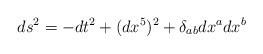
LaTeX: \begin{align*}ds^2 = -dt^2 + (dx^5)^2 + \delta_{ab} dx^a dx^b\end{align*}